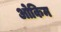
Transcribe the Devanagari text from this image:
ओकिम